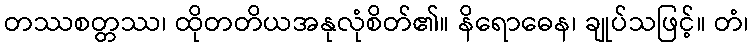
တဿစတ္တဿ၊ ထိုတတိယအနုလုံစိတ်၏။ နိရောဓေန၊ ချုပ်သဖြင့်။ တံ၊